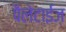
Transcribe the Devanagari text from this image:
पैलेटाईज़